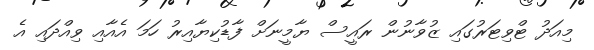
މިއަދު ޓްވިޓަރުގައި ޒުވާނުން ރައީސް ޔާމީނަށް ފާޑުކިޔާއިރު ހަމަ އެއާއި ވިއްދައި އެ